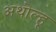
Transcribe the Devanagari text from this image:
अथोल्हू